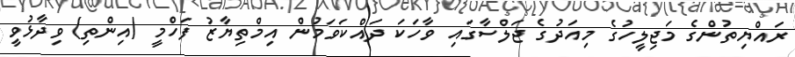
ރައްޔިތުންގެ މަޖިލީހުގެ މިއަދުގެ ޖަލްސާގައި ވާހަކަ ދައްކަވަމުން އިމްތިޔާޒު ފަހްމީ (އިންތި) ވިދާޅުވީ